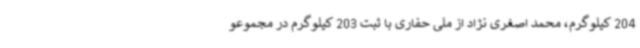
204 کیلوگرم، محمد اصغری نژاد از ملی حفاری با ثبت 203 کیلوگرم در مجموعو